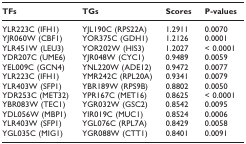
| TFs | TGs | Scores | P-values |
 | --- | --- | --- | --- |
 | YLR223C (IFH1) | YJL190C (RPS22A) | 1.2911 | 0.0070 |
 | YJR060W (CBF1) | YOR375C (GDH1) | 1.2126 | 0.0001 |
 | YLR451W (LEU3) | YOR202W (HIS3) | 1.2027 | < 0.0001 |
 | YDR207C (UME6) | YJR048W (CYC1) | 0.9489 | 0.0059 |
 | YEL009C (GCN4) | YNL220W (ADE12) | 0.9472 | 0.0077 |
 | YLR223C (IFH1) | YMR242C (RPL20A) | 0.9341 | 0.0079 |
 | YLR403W (SFP1) | YBR189W (RPS9B) | 0.8802 | 0.0050 |
 | YDR253C (MET32) | YPR167C (MET16) | 0.8625 | < 0.0001 |
 | YBR083W (TEC1) | YGR032W (GSC2) | 0.8542 | 0.0095 |
 | YDL056W (MBP1) | YIR019C (MUC1) | 0.8524 | 0.0006 |
 | YLR403W (SFP1) | YGL076C (RPL7A) | 0.8429 | 0.0058 |
 | YGL035C (MIG1) | YGR088W (CTT1) | 0.8401 | 0.0091 |